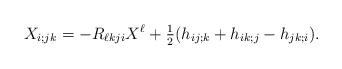
LaTeX: \begin{align*}X_{i;jk}=- R_{\ell kj i} X^\ell + \tfrac{1}{2} (h_{ij;k} + h_{ik;j} - h_{jk;i}).\end{align*}